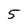
Character: 5